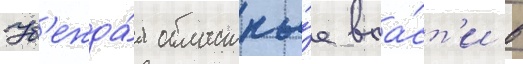
Уб'ежда́я областны́е вла́ст'и в